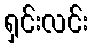
ရှင်းလင်း